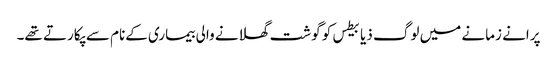
پرانے زمانے میں لوگ ذیابیطس کو گوشت گھلانے والی بیماری کےنام سے پکارتے تھے۔